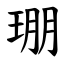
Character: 㻚